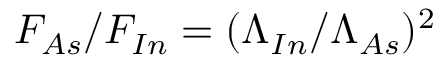
F _ { A s } / F _ { I n } = ( \Lambda _ { I n } / \Lambda _ { A s } ) ^ { 2 }